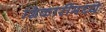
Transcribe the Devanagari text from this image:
शिकारींमध्ये